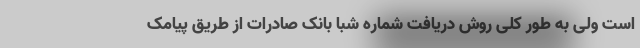
است ولی به طور کلی روش دریافت شماره شبا بانک صادرات از طریق پیامک